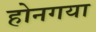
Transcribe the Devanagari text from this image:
होनगया